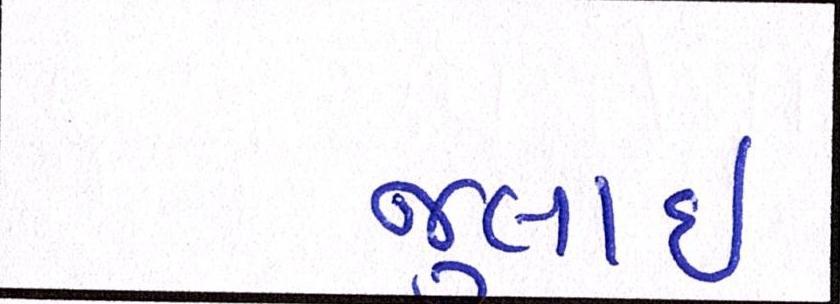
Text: જુલાઇ